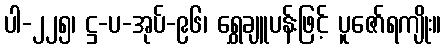
ပါ-၂၂၅၊ ဋ္ဌ-ပ-အုပ်-၉၆၊ ရွှေချူပန်းဖြင့် ပူဇော်ရကျိုး။